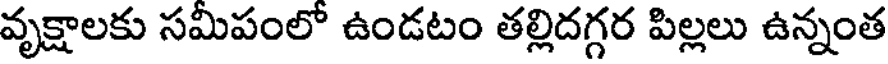
వృక్షాలకు సమీపంలో ఉండటం తల్లిదగ్గర పిల్లలు ఉన్నంత